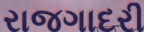
રાજગાદરી